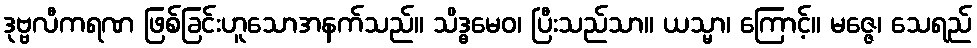
ဒုဗ္ဗလီကရဏ ဖြစ်ခြင်းဟူသောအနက်သည်။ သိဒ္ဓမေဝ၊ ပြီးသည်သာ။ ယသ္မာ၊ ကြောင့်။ မဇ္ဇေ၊ သေရည်